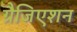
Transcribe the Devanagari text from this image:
ग्रैजिएशन